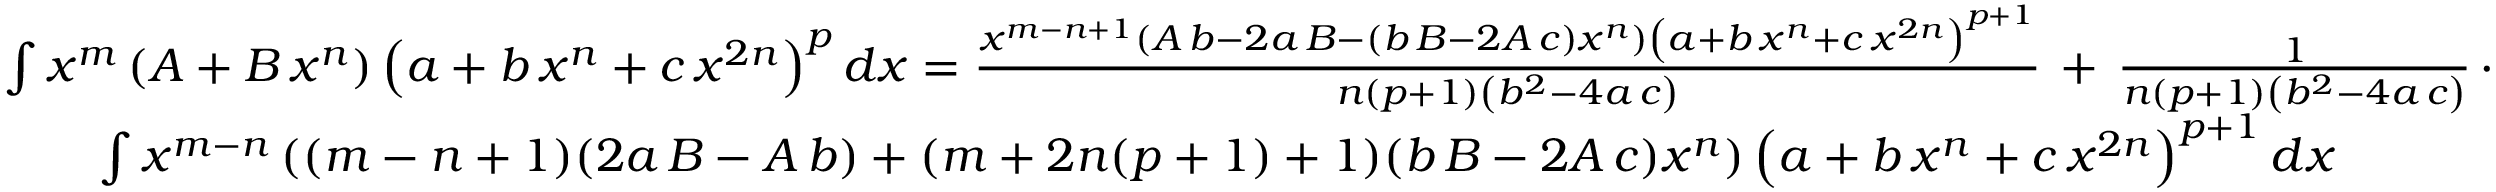
{ \begin{array} { r l } & { \int x ^ { m } \left( A + B \, x ^ { n } \right) \left( a + b \, x ^ { n } + c \, x ^ { 2 n } \right) ^ { p } d x = { \frac { x ^ { m - n + 1 } \left( A \, b - 2 a \, B - ( b \, B - 2 A \, c ) x ^ { n } \right) \left( a + b \, x ^ { n } + c \, x ^ { 2 n } \right) ^ { p + 1 } } { n ( p + 1 ) \left( b ^ { 2 } - 4 a \, c \right) } } \, + \, { \frac { 1 } { n ( p + 1 ) \left( b ^ { 2 } - 4 a \, c \right) } } \, \cdot } \\ & { \qquad \int x ^ { m - n } \left( ( m - n + 1 ) ( 2 a \, B - A \, b ) + ( m + 2 n ( p + 1 ) + 1 ) ( b \, B - 2 A \, c ) x ^ { n } \right) \left( a + b \, x ^ { n } + c \, x ^ { 2 n } \right) ^ { p + 1 } d x } \end{array} }